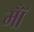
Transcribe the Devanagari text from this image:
मॉँ